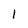
Character: 1